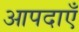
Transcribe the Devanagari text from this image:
आपदाएँ